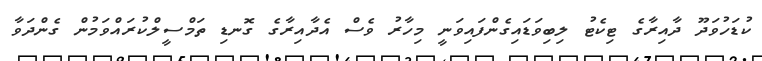
ކުޑަހުވަދޫ ދާއިރާގެ ޓިކެޓު ލިބިވަޑައިގެންފައިވަނީ މިހާރު ވެސް އެދާއިރާގެ ގޮނޑި ތަމްސީލްކުރައްވަމުން ގެންދަވާ